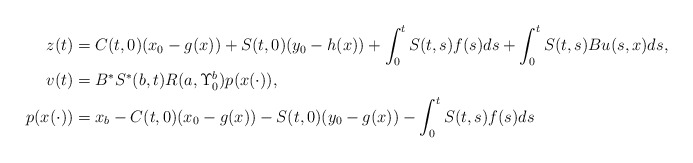
\begin{align*}z(t)&=C(t,0)(x_0-g(x))+S(t,0)(y_0-h(x))+\int_0^t S(t,s)f(s)ds+\int_0^t S(t,s)Bu(s,x)ds,\\v(t)&=B^*S^*(b,t)R(a,\Upsilon_0^b)p(x(\cdot)),\\p(x(\cdot))&=x_b-C(t,0)(x_0-g(x))-S(t,0)(y_0-g(x))-\int_0^t S(t,s)f(s)ds\end{align*}